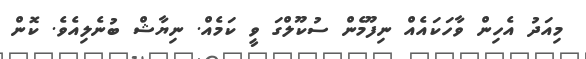
މިއަދު އެހިން ވާހަކައެއް ނިފޫމެން ސުކޫލްގަ ވީ ކަމެއް. ނިޔާޝް ބުނެލިއެވެ. ކޮން